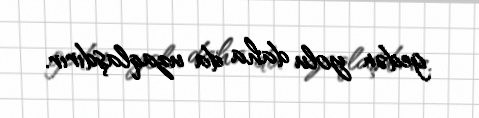
gedən yolu daha da uzaqlaşdırır.